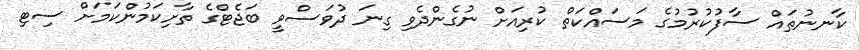
ކާނނުތައް ސާފުކުރުމުގެ މަސައްކަތް ކުރިއަށް ނުގެންދެވި ގިނަ ދުވަސްވީ ބަޖެޓްގެ ތާށިކަމުންކަމަށް ސިޓި